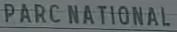
PARC NATIONAL